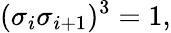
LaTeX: (\sigma_{i}\sigma_{i+1})^{3}=1,